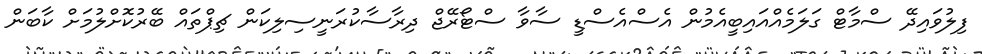
ފިލުވައިދޭ ސްމާޓް ގަލަމެއްއައިބީއެމުން އެސްއެސްޑީ ސާވާ ސްޓޯރޭޖް ދިރާސާކުރަނީސިލިކަން ޗިޕްތައް ބޭރުކޮށްލުމަށް ކާބަން